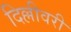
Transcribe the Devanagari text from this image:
दिल्लीवरी